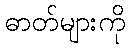
ဓာတ်များကို